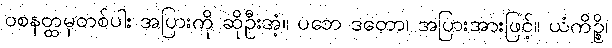
ဝစနတ္ထမှတစ်ပါး အပြားကို ဆိုဦးအံ့။ ပဘေ ဒတော၊ အပြားအားဖြင့်။ ယံကိဉ္စိ၊